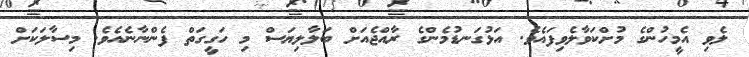
ލެވި އެމީހުންގެ މުށްކަވާލެވިފައެވެ. އަޅުގަނޑުމެންގެ ރާއްޖެއަށް ބަލާލިޔަސް މި ހަގީގަތް ފެންނާނެއެވެ. މިސާލަކަށް